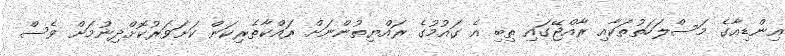
އިންޑިއާގެ މަސްލަހަތުތަކާއި ރާއްޖޭގައި ތިބި އެ ގައުމުގެ ރައްޔިތުންނަށް ރައްކާތެރިކަން ކަށަވަރުކޮށްދިނުމަށް ވެސް